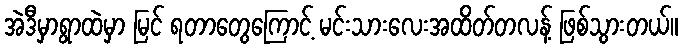
အဲဒီမှာရွာထဲမှာ မြင် ရတာတွေကြောင့် မင်းသားလေးအထိတ်တလန့် ဖြစ်သွားတယ်။